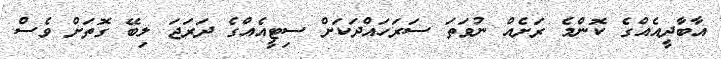
އާބާދީއެއްގެ ކޮންމެ ރަށެއް ނުވަތަ ސަރަހައްދަކަށް ސިޓީއެއްގެ ދަރަޖަ ލިބޭ ގޮތަށް ވެސް